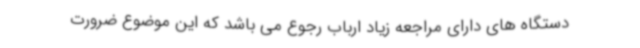
دستگاه های دارای مراجعه زیاد ارباب رجوع می باشد که این موضوع ضرورت